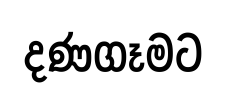
දණගෑමට